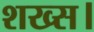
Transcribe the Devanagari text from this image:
शख्स।